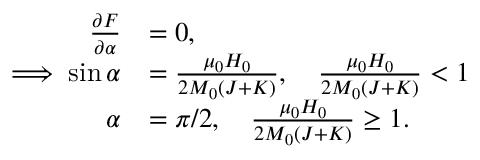
\begin{array} { r l } { \frac { \partial F } { \partial \alpha } } & { = 0 , } \\ { \implies \sin \alpha } & { = \frac { \mu _ { 0 } H _ { 0 } } { 2 M _ { 0 } \left( J + K \right) } , \quad \frac { \mu _ { 0 } H _ { 0 } } { 2 M _ { 0 } \left( J + K \right) } < 1 } \\ { \alpha } & { = \pi / 2 , \quad \frac { \mu _ { 0 } H _ { 0 } } { 2 M _ { 0 } \left( J + K \right) } \geq 1 . } \end{array}